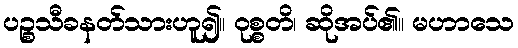
ပဉ္စသီခနတ်သားဟူ၍။ ဝုစ္စတိ၊ ဆိုအပ်၏။ မဟာသေ